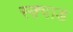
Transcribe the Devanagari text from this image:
स्क़्वाड